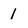
Character: 1